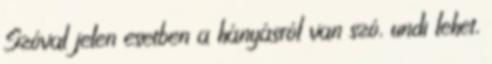
Szóval jelen esetben a hányásról van szó, undi lehet,